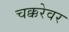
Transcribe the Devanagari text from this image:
चक्करेवर